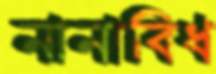
নানাবিধ